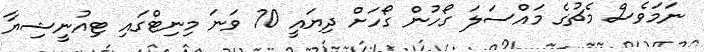
ނަމަވެސް މެޗުގެ މައްސަލަ ގޯހުން ގޯހަށް ދިޔައީ 70 ވަނަ މިނިޓްގައި ޓިއުނީޝިޔާ